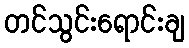
တင်သွင်းရောင်းချ